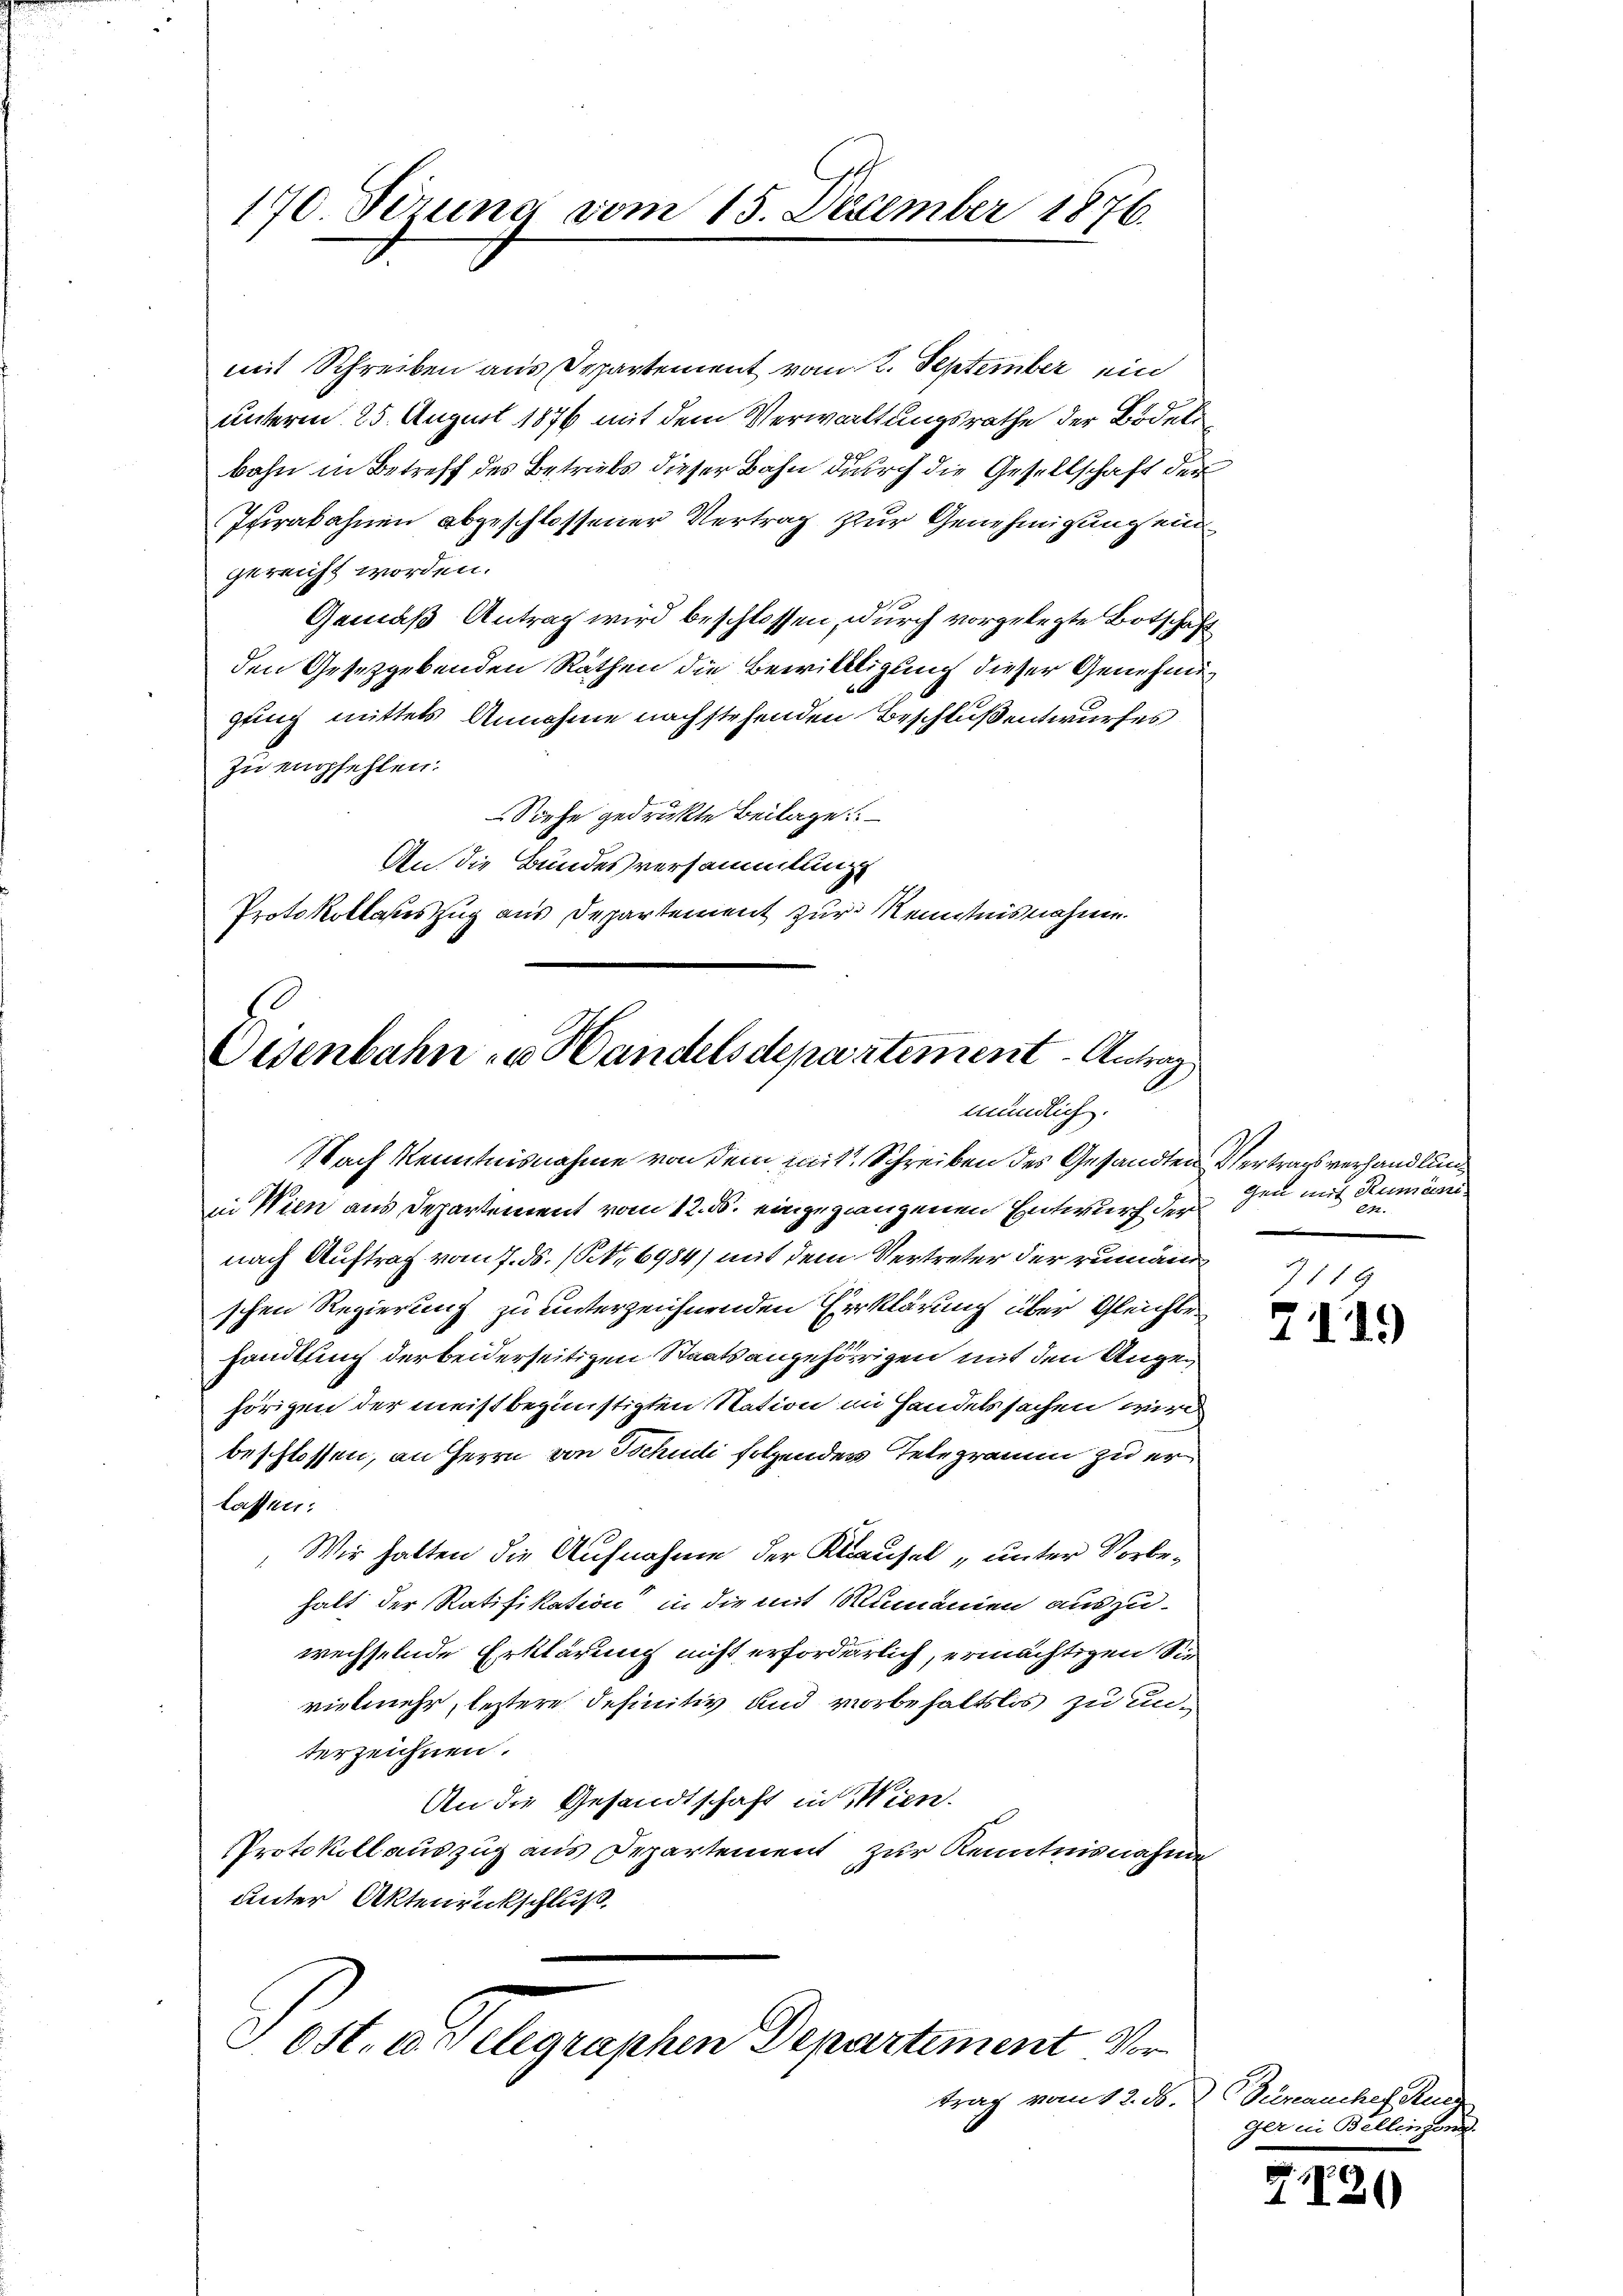
170. Ferina vom 15. Dezember 1876.

mit Schreiben aus Departement vom 2. September ein
unterm 25. August 1876 mit dem Verwaltungsrathe der Bodel
bahn in Betreff des Betriebs dieser Bahn durch die Gesellschaft der
Isirakahnen abgeschlossener Vertrag zur Genehmigung ein
gereicht worden.
Gemäß Antrag wird beschlossen, durch vorgelegte Botschaft
den Gesetzgebenden Rathen die Bewilligung dieser Genehmigung mittels Annahme nachstehenden Beschluß entwurfes
zu empfehlen.
Siehe gedruckte Beilage
An die Bundesversammlung
Protokollasteszug aus Departement zur Kenntnisnahme.

Oesenbahn zu Handelsdepartement - Antrag
mündlich.

Nach Kenntnisnahme von dem mit Schreiben des Gesandten Vertragsverhandlung
in Wien aus Departement vom 12. ds. eingegangenen Entwurf der
nach Auftrag vom 7. ds. (S. 6984) mit dem Vertreter der rumäni
schen Regierung zu unterzeichnenden Erklärung über Gleichte
handlung der beiderseitigen Staatsangehörigen mit den Angehörigen der meist begünstigten Station im Handelssachen wird
beschlossen, an Herrn von Tschudi folgenden Telegramm zu erlassen:
 Wir halten die Aufnahme der Klausel „unter Vorbehalt der Ratifikation in die mit Mumanien auszu-
wechselnde Erklärung nicht erforderlich, ermächtigen Sie
vielmehr, leztere definitiv und vorbehaltslos zu unterzeichnen.
An die Gesandtschaft in Wien.
Protokoll auszug aus Departement zur Kenntnisnahme
unter Aktenrückschluß

Ost. u. Telegraphen Departement Vor

gen mit Rumäni
24.

119
7119

trag vom 12. M. D. Turanchef Mur
ger in Bellingend.

2120